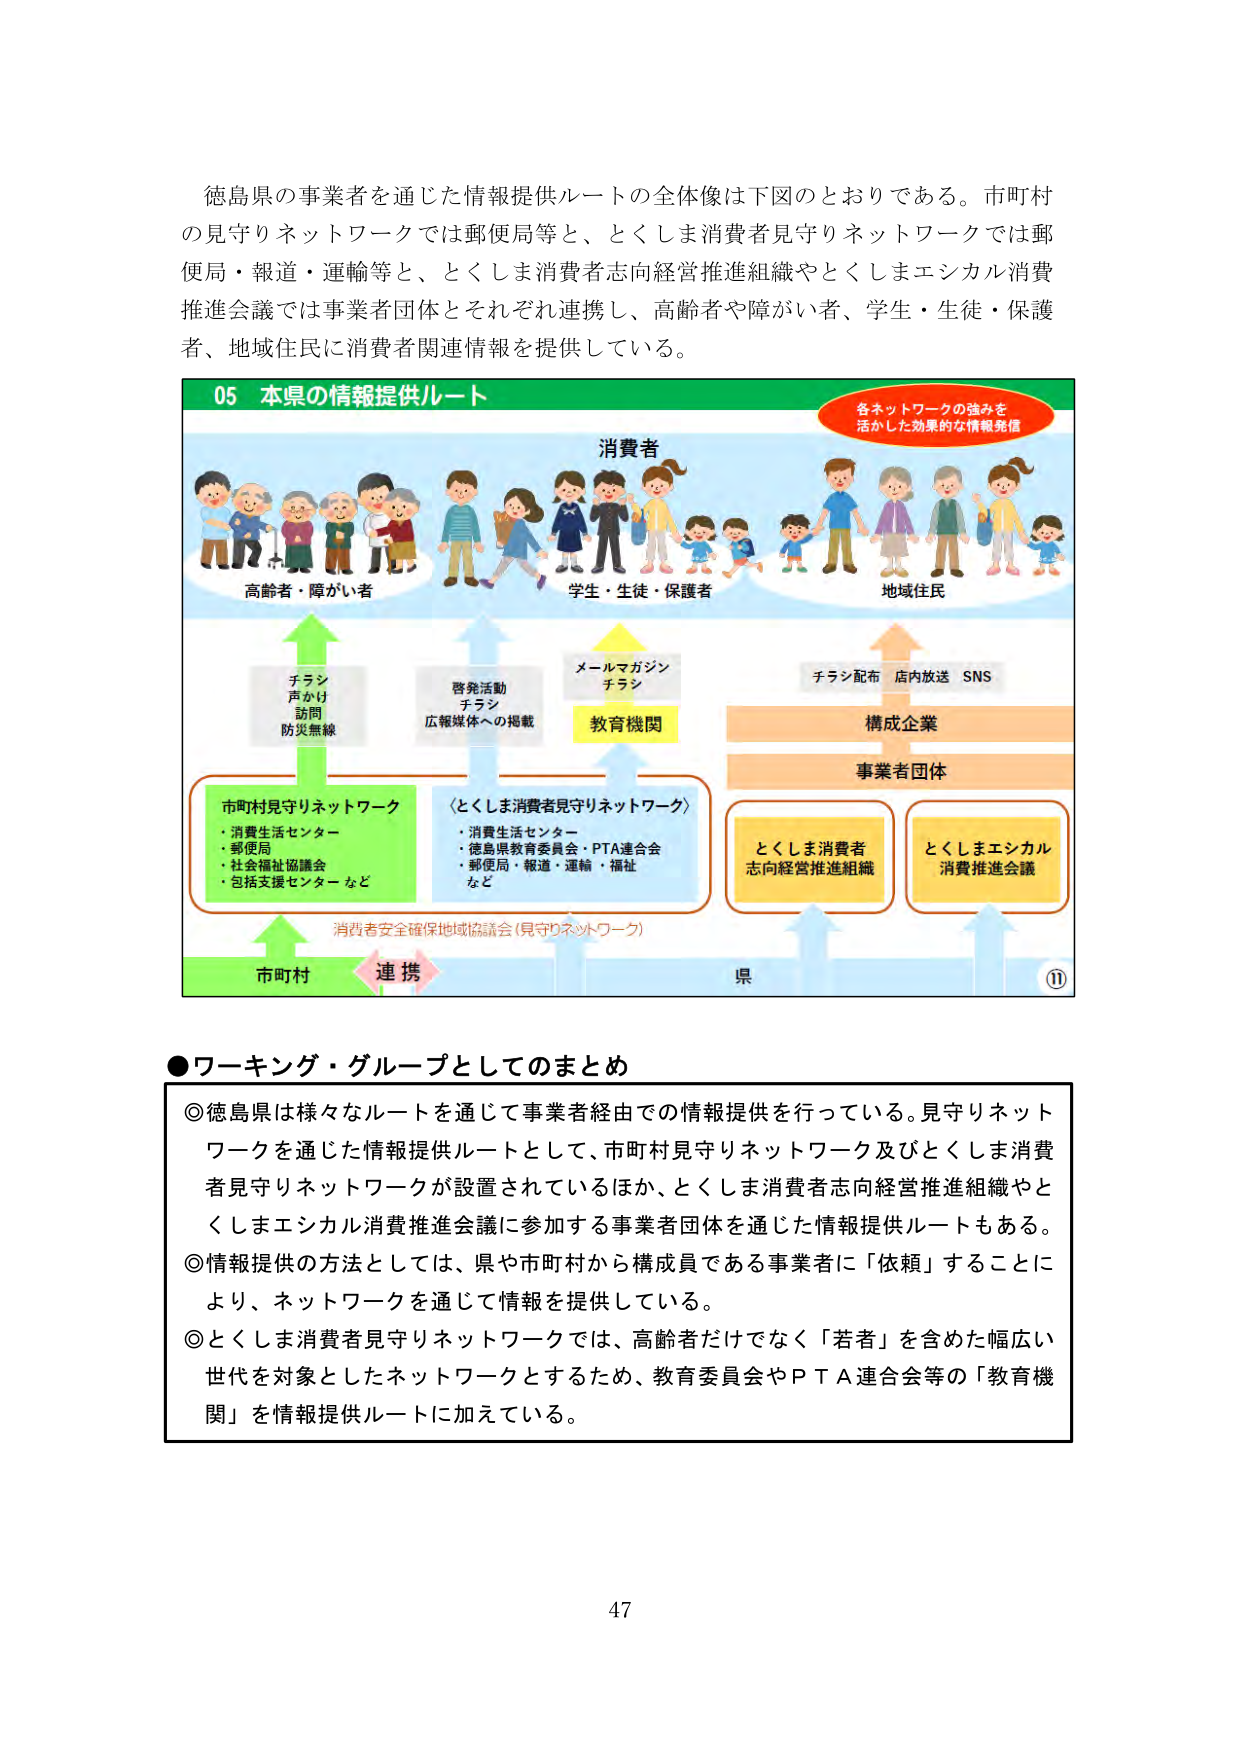
徳島県の事業者を通じた情報提供ルートの全体像は下図のとおりである。市町村の見守りネットワークでは郵便局等と、とくしま消費者見守りネットワークでは郵便局・報道・運輸等と、とくしま消費者志向経営推進組織やとくしまエシカル消費推進会議では事業者団体とそれぞれ連携し、高齢者や障がい者、学生・生徒・保護者、地域住民に消費者関連情報を提供している。

05 本県の情報提供ルート
各ネットワークの強みを
活かした効果的な情報発信

消費者
高齢者・障がい者
学生・生徒・保護者
地域住民

チラシ
声かけ
訪問
防災無線

啓発活動
チラシ
広報媒体への掲載

メールマガジン
チラシ

教育機関

チラシ配布 店内放送 SNS

構成企業

事業者団体

市町村見守りネットワーク
・消費生活センター
・郵便局
・社会福祉協議会
・包括支援センター など

〈とくしま消費者見守りネットワーク〉
・消費生活センター
・徳島県教育委員会・PTA連合会
・郵便局・報道・運輸・福祉
など

とくしま消費者
志向経営推進組織

とくしまエシカル
消費推進会議

消費者安全確保地域協議会（見守りネットワーク）

市町村 連携 県

⑪

●ワーキング・グループとしてのまとめ

◎徳島県は様々なルートを通じて事業者経由での情報提供を行っている。見守りネットワークを通じた情報提供ルートとして、市町村見守りネットワーク及びとくしま消費者見守りネットワークが設置されているほか、とくしま消費者志向経営推進組織やとくしまエシカル消費推進会議に参加する事業者団体を通じた情報提供ルートもある。
◎情報提供の方法としては、県や市町村から構成員である事業者に「依頼」することにより、ネットワークを通じて情報を提供している。
◎とくしま消費者見守りネットワークでは、高齢者だけでなく「若者」を含めた幅広い世代を対象としたネットワークとするため、教育委員会やＰＴＡ連合会等の「教育機関」を情報提供ルートに加えている。

47